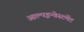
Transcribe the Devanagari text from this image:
आल्पइन्वेस्टमेंट